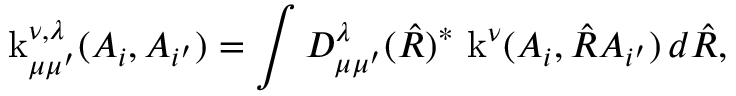
\operatorname { k } _ { \mu \mu ^ { \prime } } ^ { \nu , \lambda } ( A _ { i } , A _ { i ^ { \prime } } ) = \int D _ { \mu \mu ^ { \prime } } ^ { \lambda } ( \hat { R } ) ^ { * } \, \operatorname { k } ^ { \nu } ( A _ { i } , \hat { R } A _ { i ^ { \prime } } ) \, d \hat { R } ,